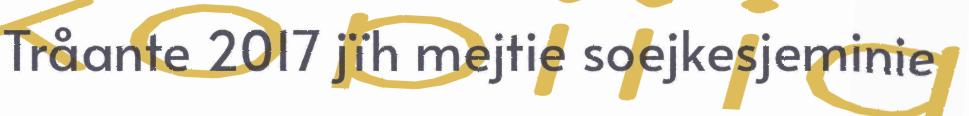
Tråante 2017 jïh mejtie soejkesjeminie